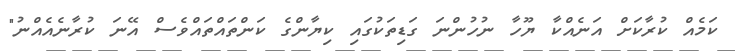
ކަމެއް ކުރާކަށް އަނެއްކާ ޔޫހާ ނުހުންނަ ގަޑިތަކުގައި ކިޔާންގެ ކަންތައްތައްވެސް އޭނަ ކުރާނެއެއްނު"